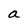
Character: a